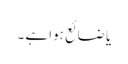
یا ضائع ہوا ہے ۔